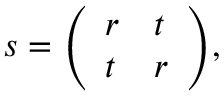
{ s = \left( \begin{array} { l l } { r } & { t } \\ { t } & { r } \end{array} \right) } ,